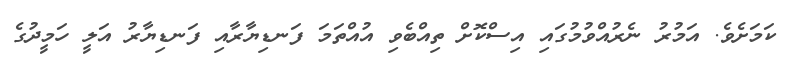
ކަމަށެވެ. އަމުރު ނެރުއްވުމުގައި އިސްކޮށް ތިއްބެވި އުއްތަމަ ފަނޑިޔާރާއި ފަނޑިޔާރު އަލީ ހަމީދުގެ